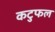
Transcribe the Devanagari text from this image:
कटुफल